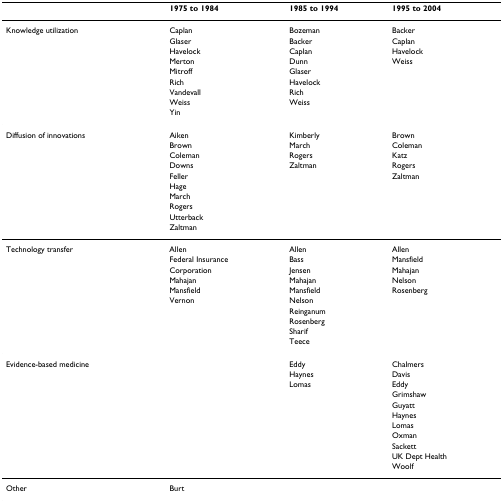
|  | 1975 to 1984 | 1985 to 1994 | 1995 to 2004 |
 | --- | --- | --- | --- |
 | Knowledge utilization | Caplan | Bozeman | Backer |
 |  | Glaser | Backer | Caplan |
 |  | Havelock | Caplan | Havelock |
 |  | Merton | Dunn | Weiss |
 |  | Mitroff | Glaser |  |
 |  | Rich | Havelock |  |
 |  | Vandevall | Rich |  |
 |  | Weiss | Weiss |  |
 |  | Yin |  |  |
 | Diffusion of innovations | Aiken | Kimberly | Brown |
 |  | Brown | March | Coleman |
 |  | Coleman | Rogers | Katz |
 |  | Downs | Zaltman | Rogers |
 |  | Feller |  | Zaltman |
 |  | Hage |  |  |
 |  | March |  |  |
 |  | Rogers |  |  |
 |  | Utterback |  |  |
 |  | Zaltman |  |  |
 | Technology transfer | Allen | Allen | Allen |
 |  | Federal Insurance | Bass | Mansfield |
 |  | Corporation | Jensen | Mahajan |
 |  | Mahajan | Mahajan | Nelson |
 |  | Mansfield | Mansfield | Rosenberg |
 |  | Vernon | Nelson |  |
 |  |  | Reinganum |  |
 |  |  | Rosenberg |  |
 |  |  | Sharif |  |
 |  |  | Teece |  |
 | Evidence-based medicine |  | Eddy | Chalmers |
 |  |  | Haynes | Davis |
 |  |  | Lomas | Eddy |
 |  |  |  | Grimshaw |
 |  |  |  | Guyatt |
 |  |  |  | Haynes |
 |  |  |  | Lomas |
 |  |  |  | Oxman |
 |  |  |  | Sackett |
 |  |  |  | UK Dept Health |
 |  |  |  | Woolf |
 | Other | Burt |  |  |